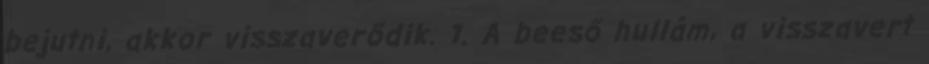
bejutni, akkor visszaverődik. 1. A beeső hullám, a visszavert